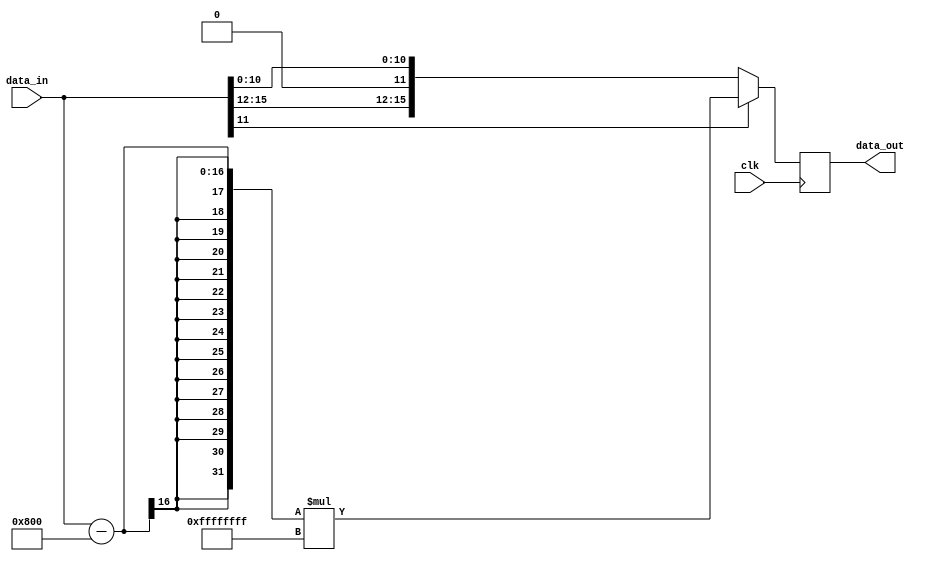
module convert_encoder (input clk, input [15:0] data_in, output reg [15:0] data_out);

initial begin
	data_out = 0;
end

always @(posedge clk) begin


	if(data_in[11]) begin
		data_out <= (data_in - 2048) * (-1);
	end
	else begin
		data_out <= data_in;
	end



end
endmodule